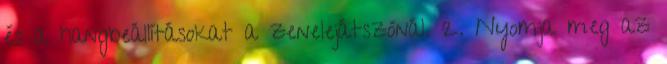
és a hangbeállításokat a zenelejátszónál. 2. Nyomja meg az